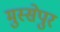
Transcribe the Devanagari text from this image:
मुस्सेपुर